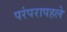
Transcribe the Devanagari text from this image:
परंपरापहले